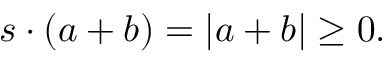
s \cdot ( a + b ) = | a + b | \geq 0 .